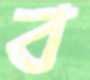
ব